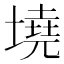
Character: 墝